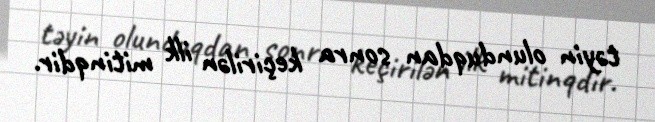
təyin olunduqdan sonra keçirilən ilk mitinqdir.